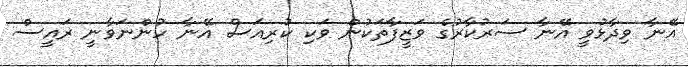
އޭނާ ވިދާޅުވީ އޭނާ ސަރުކާރުގެ ވަޒީފާތަކުން ވަކި ކުރިއަސް އޭނާ ހުންނަވާނީ ރައީސް